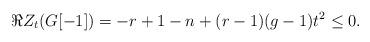
LaTeX: \begin{align*}\Re Z_t(G[-1])=-r+1-n+(r-1)(g-1)t^2 \le 0.\end{align*}